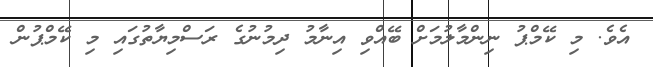
އެވެ. މި ކޭމްޕު ނިންމާލުމަށް ބޭއްވި އިނާމު ދިމުނުގެ ރަސްމިޔާތުގައި މި ކޭމްޕުން